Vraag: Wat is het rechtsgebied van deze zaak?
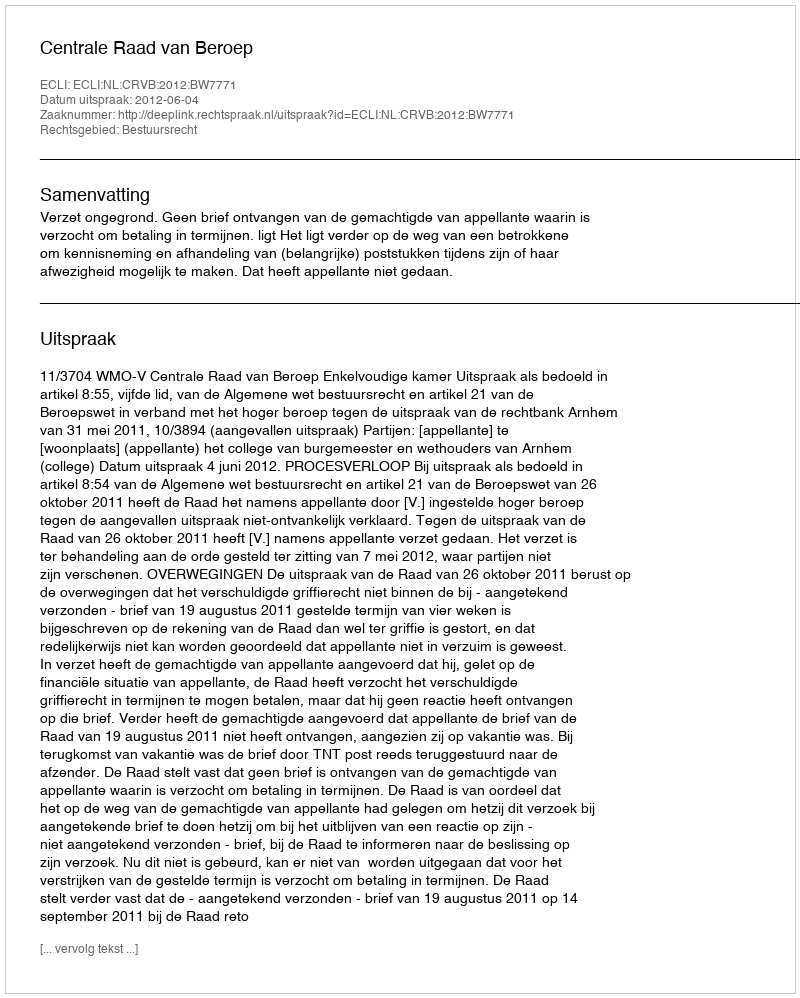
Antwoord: Bestuursrecht